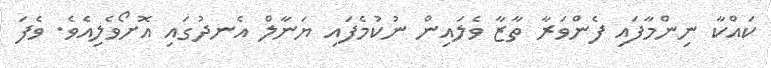
ކައްކާ ނިންމާފައި ފެންވަރާ ތާޒާ ވެލައިން ނުކުމެފައި ޔަނާލް އެނދުގައި އޮށޯވެލިއެވެ. ވެފަ